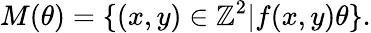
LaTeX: M(\theta)=\{ (x,y)\in\mathbb{Z}^{2}|f(x,y)\le\theta\} .